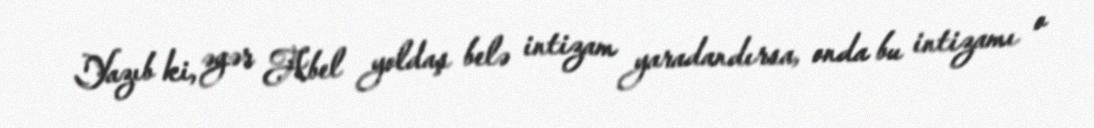
Yazıb ki, əgər Abel yoldaş belə intizam yaradandırsa, onda bu intizamı o